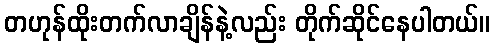
တဟုန်ထိုးတက်လာချိန်နဲ့လည်း တိုက်ဆိုင်နေပါတယ်။